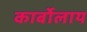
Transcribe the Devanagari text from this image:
कार्बोलाय